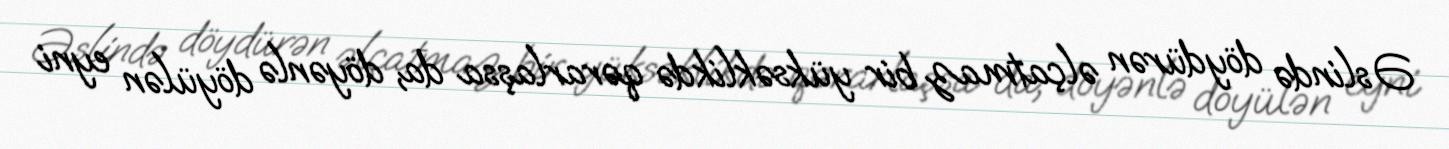
Əslində döydürən əlçatmaz bir yüksəklikdə qərarlaşsa da, döyənlə döyülən eyni